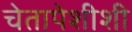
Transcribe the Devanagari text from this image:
चेतापेशीशी